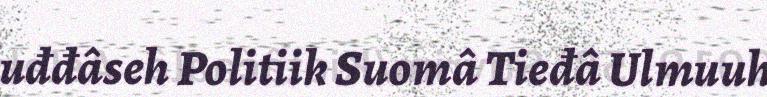
uđđâseh Politiik Suomâ Tieđâ Ulmuuh